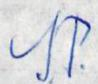
S.P.